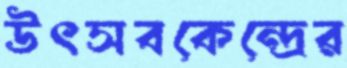
উৎসবকেন্দ্রের